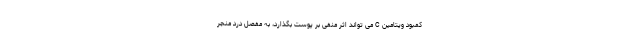
کمبود ویتامین C می تواند اثر منفی بر پوست بگذارد، به مفصل درد منجر